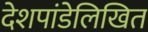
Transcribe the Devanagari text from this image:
देशपांडेलिखित